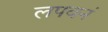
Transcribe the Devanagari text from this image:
लपवनं